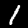
Digit: 1